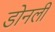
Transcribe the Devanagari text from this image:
डोनली